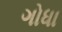
ગોધા